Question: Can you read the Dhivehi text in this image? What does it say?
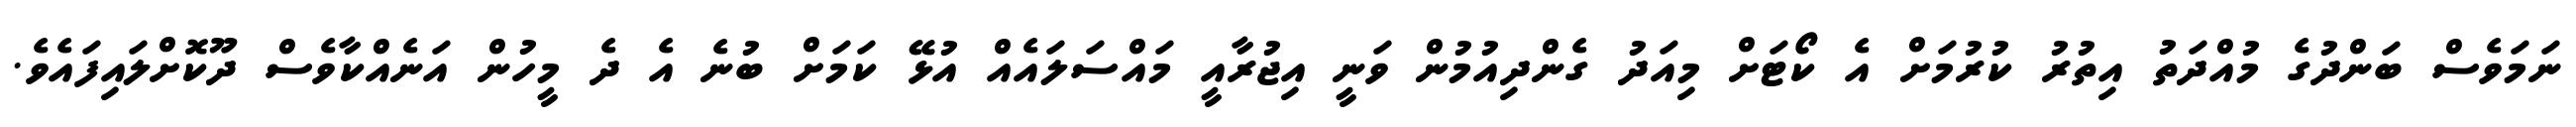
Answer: ނަމަވެސް ބަންދުގެ މުއްދަތު އިތުރު ކުރުމަށް އެ ކޯޓަށް މިއަދު ގެންދިއުމުން ވަނީ އިޖުރާއީ މައްސަލައެއް އުޅޭ ކަމަށް ބުނެ އެ ދެ މީހުން އަނެއްކާވެސް ދޫކޮށްލައިފައެވެ.